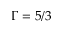
\Gamma = 5 / 3